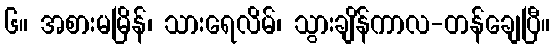
၆။ အစားမမြိန်၊ သားရေလိမ်၊ သွားချိန်ကာလ-တန်ချေပြီ။